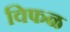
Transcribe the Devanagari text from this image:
विफळ